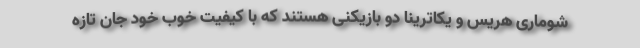
شوماری هریس و یکاترینا دو بازیکنی هستند که با کیفیت خوب خود جان تازه